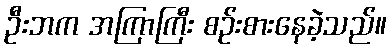
ဦးဘက အကြာကြီး စဉ်းစားနေခဲ့သည်။